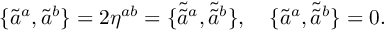
\{ \tilde { a } ^ { a } , \tilde { a } ^ { b } \} = 2 \eta ^ { a b } = \{ \tilde { \tilde { a } } { } ^ { a } , \tilde { \tilde { a } } { } ^ { b } \} , \quad \{ \tilde { a } ^ { a } , \tilde { \tilde { a } } { } ^ { b } \} = 0 .